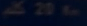
\tilde{p}\approx20